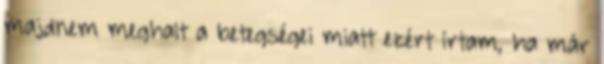
majdnem meghalt a betegségei miatt ezért írtam, ha már